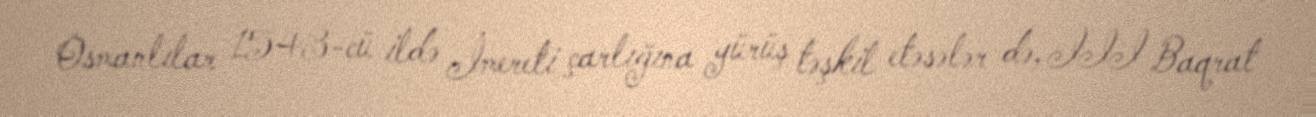
Osmanlılar 1543-cü ildə İmereti çarlığına yürüş təşkil etəsələr də, III Baqrat